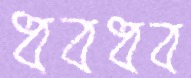
ধবধব